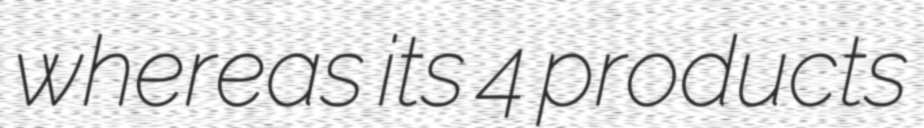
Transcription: whereas its 4 products